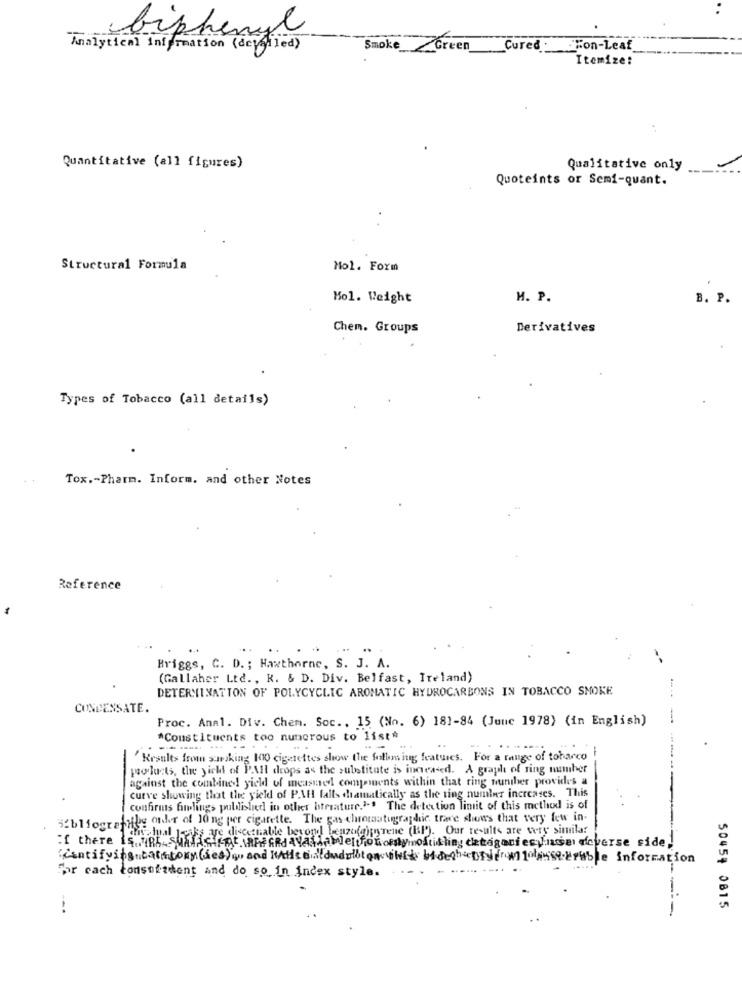
biphenyl
Analytical information ( deveiled )
Smoke Green
Cured .
Fon-Leaf
Itemize:
Quantitative (all figures)
Qualitative only
Quoteints or Semi-quant.
Structural Formula
Mol. Form
Hol. Weight
M. P.
B. P.
Chem. Groups
Derivatives
Types of Tobacco (all details)
Tox .- Pharm. Inform. and other Notes
Reference
Briggs, C. D. ; Hawthorne, S. J. A.
(Gallaher Ltd ., K. & D. Div. Belfast, Ireland)
DETERMINATION OF POLYCYCLIC AROMATIC HYDROCARBONS IN TOBACCO SMOKE
CONDENSATE.
Proc. Anal. Div. Chem. Soc .. 15 (No. 6) 181-84 (June 1978) (in English)
*Constituents too numerous to list*
- -
...---
-
"Results from sursking 100 cigarettes show the following features. For a range of toharco
pro lacts, the yicht of PAH drops as the substitute is increased. A graph of ring number
against the combined! yield of measmel components within that ring number provides a
curve showing that the yield of PAH falls dramatically as the ting numleer increases. This
confirmas findings puldlished in other hiterature.1 .. The detection limit of this method is of
Bibliografithe order of 10 ng per cigarette. The gas chromatographie trave shows that very few in-
are discernable beyond benzofaityrene (HP). Our results are very similar
If there Is URL_SUAffici for AFF GR)availablemonordymoltikling detagoriesVise deverse side!
Centifying category(des)quand WAtiseidlduduibtomcould bidecheDryerwniosekruble information
For cach tonsoftdent and do so in index style.
--.
50454 0815